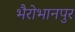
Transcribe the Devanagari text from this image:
भैरोभानपुर